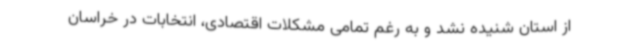
از استان شنیده نشد و به رغم تمامی مشکلات اقتصادی، انتخابات در خراسان